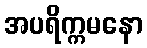
အပရိက္ကမနော